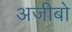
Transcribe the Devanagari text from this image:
अजीबो